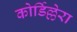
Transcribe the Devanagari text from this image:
कोर्डिल्लेरा